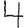
Digit: 4